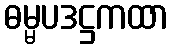
ဓမ္မပဒဋ္ဌကထာ